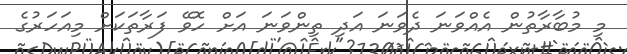
މި މުބާރާތުން އެއްވަނަ ދެވަނަ އަދި ތިންވަނަ އަށް ހޮވޭ ފަރާތަކަށް މިއަހަރުގެ